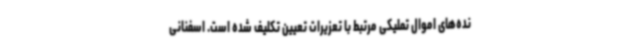
نده‌های اموال تملیکی مرتبط با تعزیرات تعیین تکلیف شده است. اسفنانی